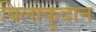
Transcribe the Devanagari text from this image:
बिलाकुदान